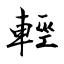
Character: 輕